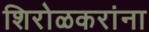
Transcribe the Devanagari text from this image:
शिरोळकरांना